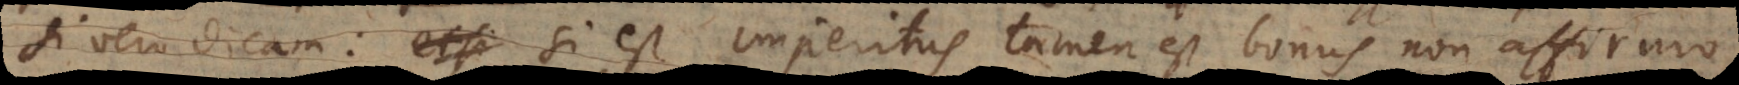
si vero dicam: si est imperitus tamen est bonus, non affirmo